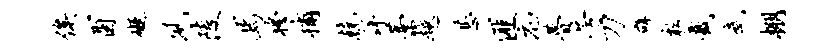
俟酉碍夙陵焉穆捕兢详藁越甚匪庀瞢芳刀辟粉截武棚